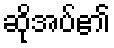
ဆိုအပ်၏